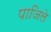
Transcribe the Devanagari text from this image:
पाजिले